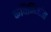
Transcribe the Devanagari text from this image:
कविनिर्माता